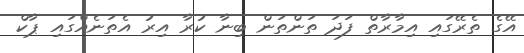
އޭގެ ތެރޭގައި އިމާރާތް ފަދަ ތަންތަން ބިނާ ކުރާ އިރު އެތަނެއްގައި ޕާކް